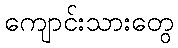
ကျောင်းသားတွေ